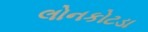
લોનકોટડા